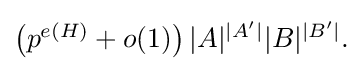
{\textstyle \left(p^{e(H)}+o(1)\right)|A|^{|A'|}|B|^{|B'|}.}